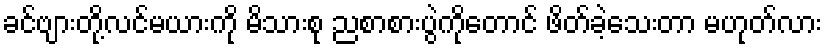
ခင်ဗျားတို့လင်မယားကို မိသားစု ညစာစားပွဲကိုတောင် ဖိတ်ခဲ့သေးတာ မဟုတ်လား